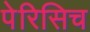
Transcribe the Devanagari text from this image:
पेरिसिच